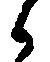
候